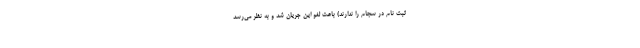
ثبت نام در سجام را ندارند) باعث لغو این جریان شد و به نظر می‌رسد